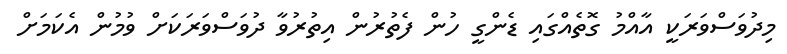
މިދުވަސްވަރަކީ އާއްމު ގޮތެއްގައި ޑެންގީ ހުން ފެތުރުން އިތުރުވާ ދުވަސްވަރަކަށް ވުމުން އެކަމަށް